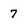
Character: 7